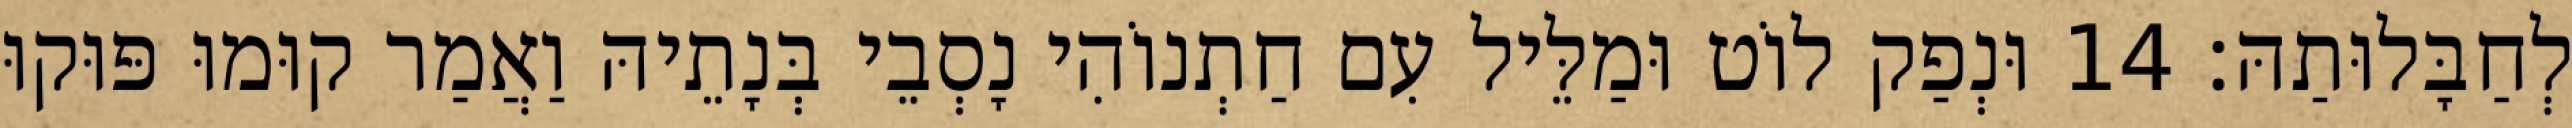
לְחַבָּלוּתַהּ׃ 14 וּנְפַק לוֹט וּמַלֵּיל עִם חַתְנוֹהִי נָסְבֵי בְּנָתֵיהּ וַאֲמַר קוּמוּ פּוּקוּ